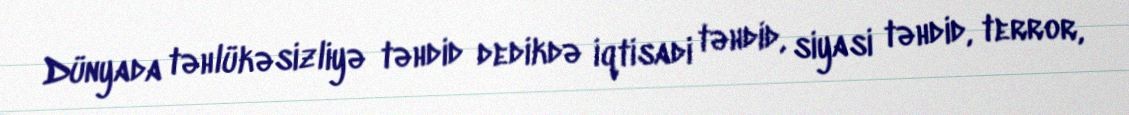
Dünyada təhlükəsizliyə təhdid dedikdə iqtisadi təhdid, siyasi təhdid, terror,